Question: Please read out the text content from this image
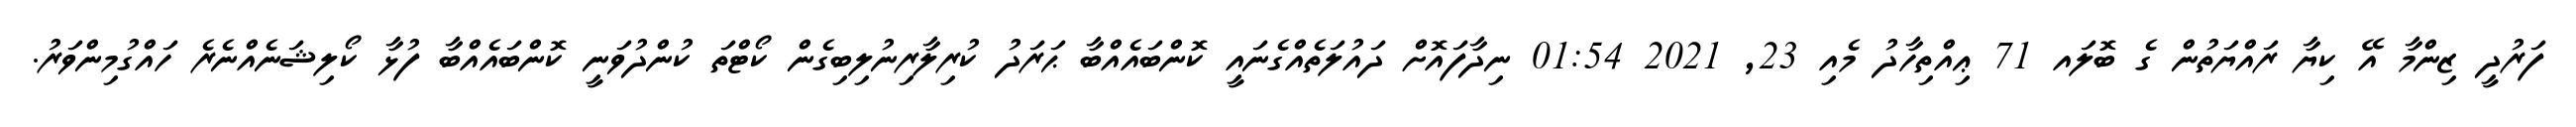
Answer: ފަރުދީ ޒިންމާ އޭ ކިޔާ ރައްޔަތުން ގެ ބޮލައ 71 ޢިއްތިހާދު މެއި 23, 2021 01:54 ނިދާފައޮށް ދައުލަތެއްގެނައީ ކޮންބައެއްބާ ޙަރަދު ކުރިލާރިނުލިބިގެން ކޯޓްތަ ކުންދުވަނީ ކޮންބައެއްބާ ފުޅާ ކޯލިޝަނެއްނެރެ ހައްގުމިންވަރު.